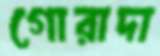
গোরাদা